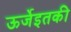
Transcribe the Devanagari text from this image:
ऊर्जेइतकी